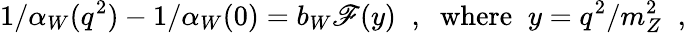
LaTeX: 1/\alpha_{W}(q^{2})-1/\alpha_{W}(0)=b_{W}\mathscr{F}(y)\; \; ,\; \; \mathrm{{where}}\; \; y=q^{2}/m_{Z}^{2}\; \; ,